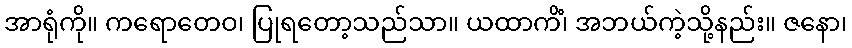
အာရုံကို။ ကရောတေဝ၊ ပြုရတော့သည်သာ။ ယထာကိံ၊ အဘယ်ကဲ့သို့နည်း။ ဇနော၊